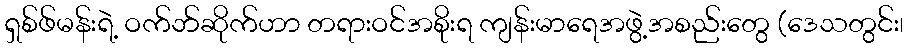
ရှစ်ဖ်မန်းရဲ့ ဝက်ဘ်ဆိုက်ဟာ တရားဝင်အစိုးရ ကျန်းမာရေအဖွဲ့အစည်းတွေ (ဒေသတွင်း၊